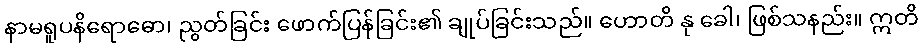
နာမရူပနိရောဓော၊ ညွတ်ခြင်း ဖောက်ပြန်ခြင်း၏ ချုပ်ခြင်းသည်။ ဟောတိ နု ခေါ၊ ဖြစ်သနည်း။ ဣတိ